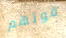
قوتهم